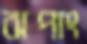
ঝপাং